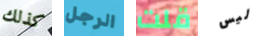
كذلك الرجل قلت ليس